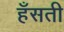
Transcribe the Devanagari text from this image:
हँसती